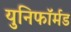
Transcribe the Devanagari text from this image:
युनिफॉर्मड